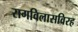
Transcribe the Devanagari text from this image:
रागविलासविरह